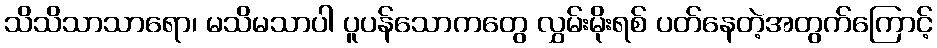
သိသိသာသာရော၊ မသိမသာပါ ပူပန်သောကတွေ လွှမ်းမိုးရစ် ပတ်နေတဲ့အတွက်ကြောင့်